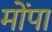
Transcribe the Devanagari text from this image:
मोंपा